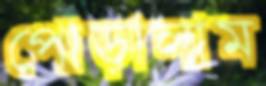
পোড়ালাম